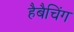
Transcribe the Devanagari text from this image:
हैबैचिंग